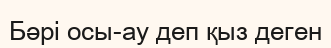
Бәрі осы-ау деп қыз деген